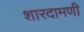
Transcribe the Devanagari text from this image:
शारदामणी